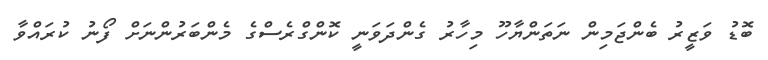
ބޮޑު ވަޒީރު ބެންޖަމިން ނަތަންޔާހޫ މިހާރު ގެންދަވަނީ ކޮންގްރެސްގެ މެންބަރުންނަށް ފޯނު ކުރައްވާ